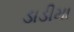
ડાડીમા